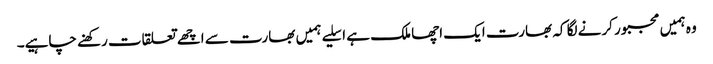
وہ ہمیں مجبور کرنے لگا کہ بھارت ایک اچھا ملک ہے ا سلیے ہمیں بھارت سے اچھے تعلقات رکھنے چاہیے۔